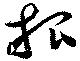
根